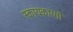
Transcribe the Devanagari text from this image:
स्कायकारगो